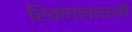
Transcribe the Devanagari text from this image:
रिवणावायली